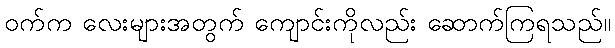
ဝက်က လေးများအတွက် ကျောင်းကိုလည်း ဆောက်ကြရသည်။